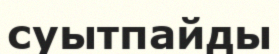
суытпайды